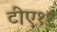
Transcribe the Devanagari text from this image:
टीए११